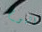
اليوم